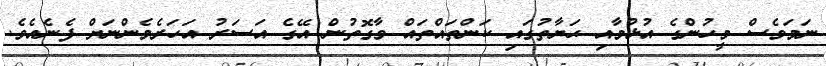
ނަމަވެސް މީހުންގެ އުޅުމާއި ޙަޔާތުގައި ކަންތައްތައް ވާގޮތުން އޭގެ އަސަރު އަހަރެމެންނަށް ފެނެއެވެ.